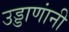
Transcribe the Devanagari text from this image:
उड्डाणांनी